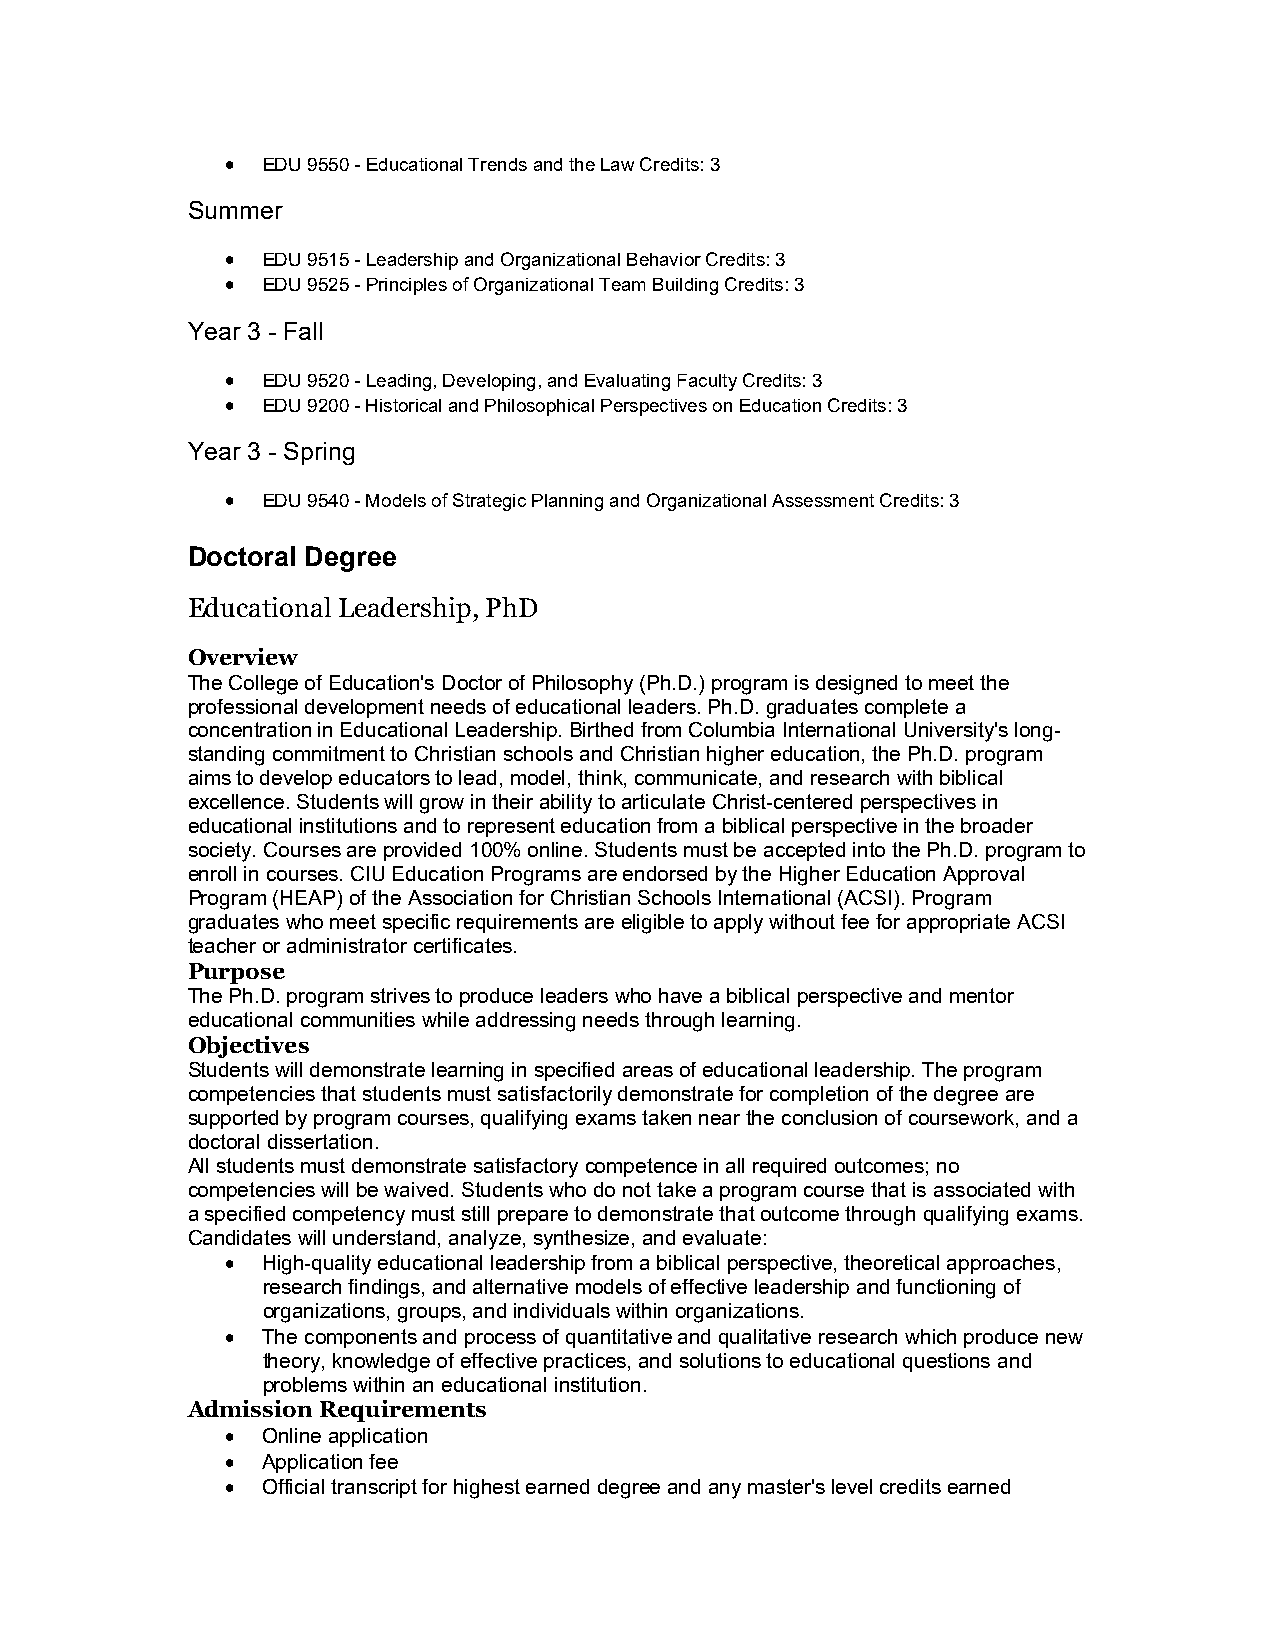
 EDU 9550 - Educational Trends and the Law Credits: 3
 Summer
  EDU 9515 - Leadership and Organizational Behavior Credits: 3
  EDU 9525 - Principles of Organizational Team Building Credits: 3
 Year 3 - Fall
  EDU 9520 - Leading, Developing, and Evaluating Faculty Credits: 3
  EDU 9200 - Historical and Philosophical Perspectives on Education Credits: 3
 Year 3 - Spring
  EDU 9540 - Models of Strategic Planning and Organizational Assessment Credits: 3
 Doctoral Degree
 Educational Leadership, PhD
 Overview
 The College of Education's Doctor of Philosophy (Ph.D.) program is designed to meet the
 professional development needs of educational leaders. Ph.D. graduates complete a
 concentration in Educational Leadership. Birthed from Columbia International University's long-
 standing commitment to Christian schools and Christian higher education, the Ph.D. program
 aims to develop educators to lead, model, think, communicate, and research with biblical
 excellence. Students will grow in their ability to articulate Christ-centered perspectives in
 educational institutions and to represent education from a biblical perspective in the broader
 society. Courses are provided 100% online. Students must be accepted into the Ph.D. program to
 enroll in courses. CIU Education Programs are endorsed by the Higher Education Approval
 Program (HEAP) of the Association for Christian Schools International (ACSI). Program
 graduates who meet specific requirements are eligible to apply without fee for appropriate ACSI
 teacher or administrator certificates.
 Purpose
 The Ph.D. program strives to produce leaders who have a biblical perspective and mentor
 educational communities while addressing needs through learning.
 Objectives
 Students will demonstrate learning in specified areas of educational leadership. The program
 competencies that students must satisfactorily demonstrate for completion of the degree are
 supported by program courses, qualifying exams taken near the conclusion of coursework, and a
 doctoral dissertation.
 All students must demonstrate satisfactory competence in all required outcomes; no
 competencies will be waived. Students who do not take a program course that is associated with
 a specified competency must still prepare to demonstrate that outcome through qualifying exams.
 Candidates will understand, analyze, synthesize, and evaluate:
  High-quality educational leadership from a biblical perspective, theoretical approaches,
 research findings, and alternative models of effective leadership and functioning of
 organizations, groups, and individuals within organizations.
  The components and process of quantitative and qualitative research which produce new
 theory, knowledge of effective practices, and solutions to educational questions and
 problems within an educational institution.
 Admission Requirements
  Online application
  Application fee
  Official transcript for highest earned degree and any master's level credits earned